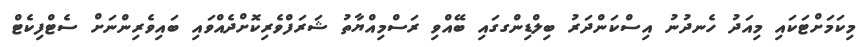
މިކަމަށްޓަކައި މިއަދު ހެނދުނު އިސްކަންދަރު ބިލްޑިންގގައި ބޭއްވި ރަސްމިއްޔާތު ޝަރަފްވެރިކޮށްދެއްވައި ބައިވެރިންނަށް ސެޓްފިކެޓް